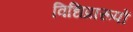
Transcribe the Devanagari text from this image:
विधिप्रारूपों